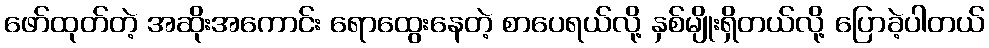
ဖော်ထုတ်တဲ့ အဆိုးအကောင်း ရောထွေးနေတဲ့ စာပေရယ်လို့ နှစ်မျိုးရှိတယ်လို့ ပြောခဲ့ပါတယ်